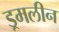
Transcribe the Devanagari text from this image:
ड्रमलीन